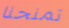
تمنحنا